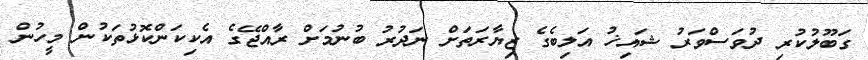
ގަބޫލުކުރި ދުވަސްވަރު ޝައިޚު އަލިބެގެ ޒިޔާރަތަށް ނަދުރު ބުނުމަށް ރާއްޖޭގެ އެކިކަންކޮޅުތަކުން މީހުން